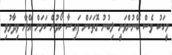
މީހަކު ވެސް ބޭނުންވަނީ ލިބުނު ގޮތަކަށް ފައިސާ ހޯދުން ކަމަށް އޭނާ ވިދާޅުވި